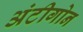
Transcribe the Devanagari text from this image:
अंटीगोन